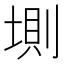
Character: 𡍫